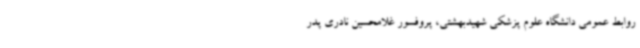
روابط عمومی دانشگاه علوم پزشکی شهیدبهشتی، پروفسور غلامحسین نادری پدر